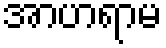
အာဟရာမ